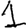
Digit: 1